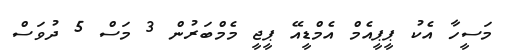
މަސީހާ އެކު ޕީޕީއެމް އެމްޑީއޭ ޕީޖީ މެމްބަރުން 3 މަސް 5 ދުވަސް